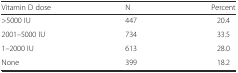
| Vitamin D dose | N | Percent |
 | --- | --- | --- |
 | >5000 IU | 447 | 20.4 |
 | 2001–5000 IU | 734 | 33.5 |
 | 1–2000 IU | 613 | 28.0 |
 | None | 399 | 18.2 |